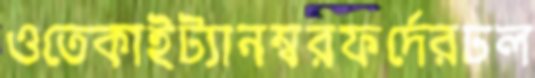
ওতেকাইট্যানম্বরফর্দেরঢল